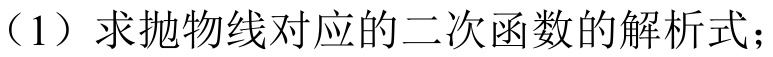
（1）求抛物线对应的二次函数的解析式；